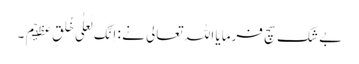
بے شک سچ فرمایا اللہ تعالی نے : اِنَّکَ لَعَلٰی خُلِقٍ عَظِیۡمٍ ۔